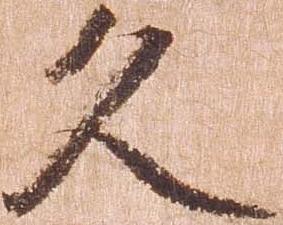
久